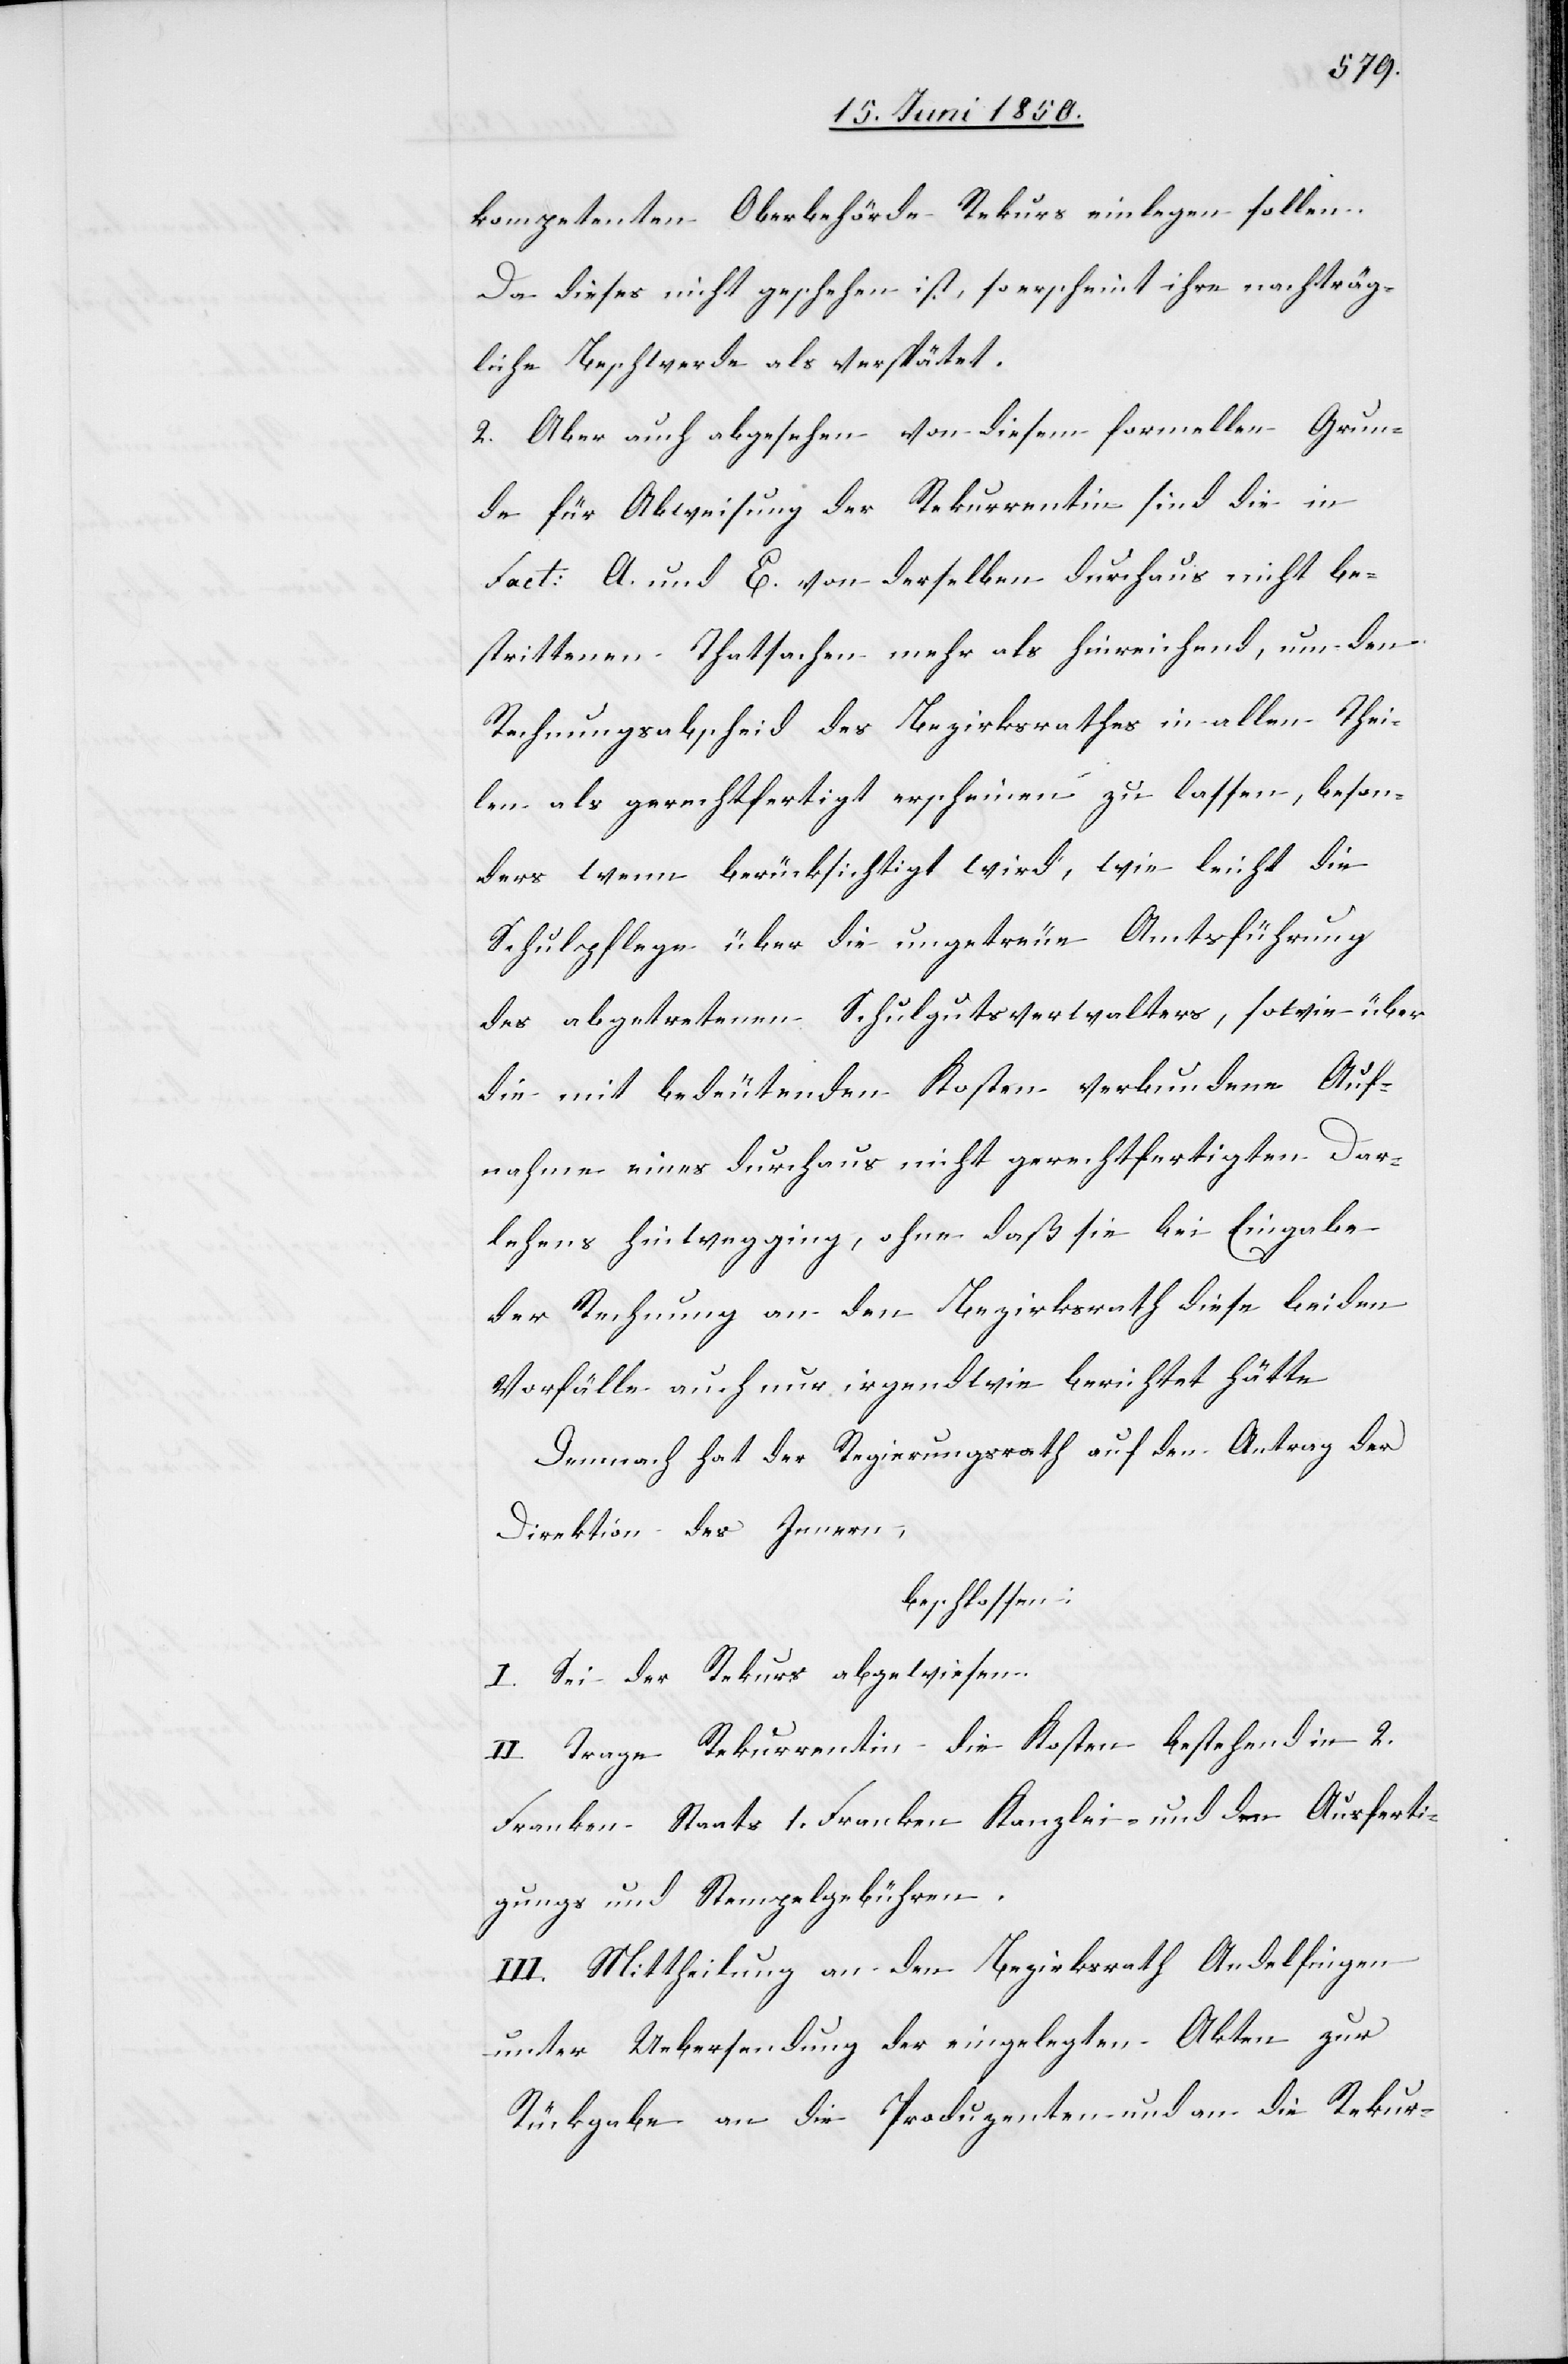
kompetenten Oberbehörde Rekurs einlegen sollen.
Da dieses nicht geschehen ist, so erscheint ihre nachträg¬
liche Beschwerde als verspätet.
2. Aber auch abgesehen von diesem formellen Grun¬
de für Abweisung der Rekurrentin sind die in
Fact: A. und E. von derselben durchaus nicht be¬
strittenen Thatsachen mehr als hinreichend, um den
Rechnungsabscheid des Bezirksrathes in allen Thei¬
len als gerechtfertigt erscheinen zu lassen, beson¬
ders wenn berücksichtigt wird, wie leicht die
Schulpflege über die ungetreue Amtsführung
des abgetretenen Schulgutsverwalters, sowie über
die mit bedeutenden Kosten verbundene Auf¬
nahme eines durchaus nicht gerechtfertigten Dar¬
lehens hinwegging, ohne daß sie bei Eingabe
der Rechnung an den Bezirksrath diese beiden
Vorfälle auch nur irgendwie berichtet hätte
Demnach hat der Regierungsrath auf den Antrag der
Direktion des Innern,
beschlossen:
I. Sei der Rekurs abgewiesen.
II. Trage Rekurrentin die Kosten bestehend in 2.
Franken Staats 1. Franken Kanzlei- und den Ausferti¬
gungs und Stempelgebühren.
III. Mittheilung an den Bezirksrath Andelfingen
unter Uebersendung der eingelegten Akten zur
Rückgabe an die Produzenten und an die Rekur-